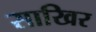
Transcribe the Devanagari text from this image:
साखिर